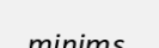
minims